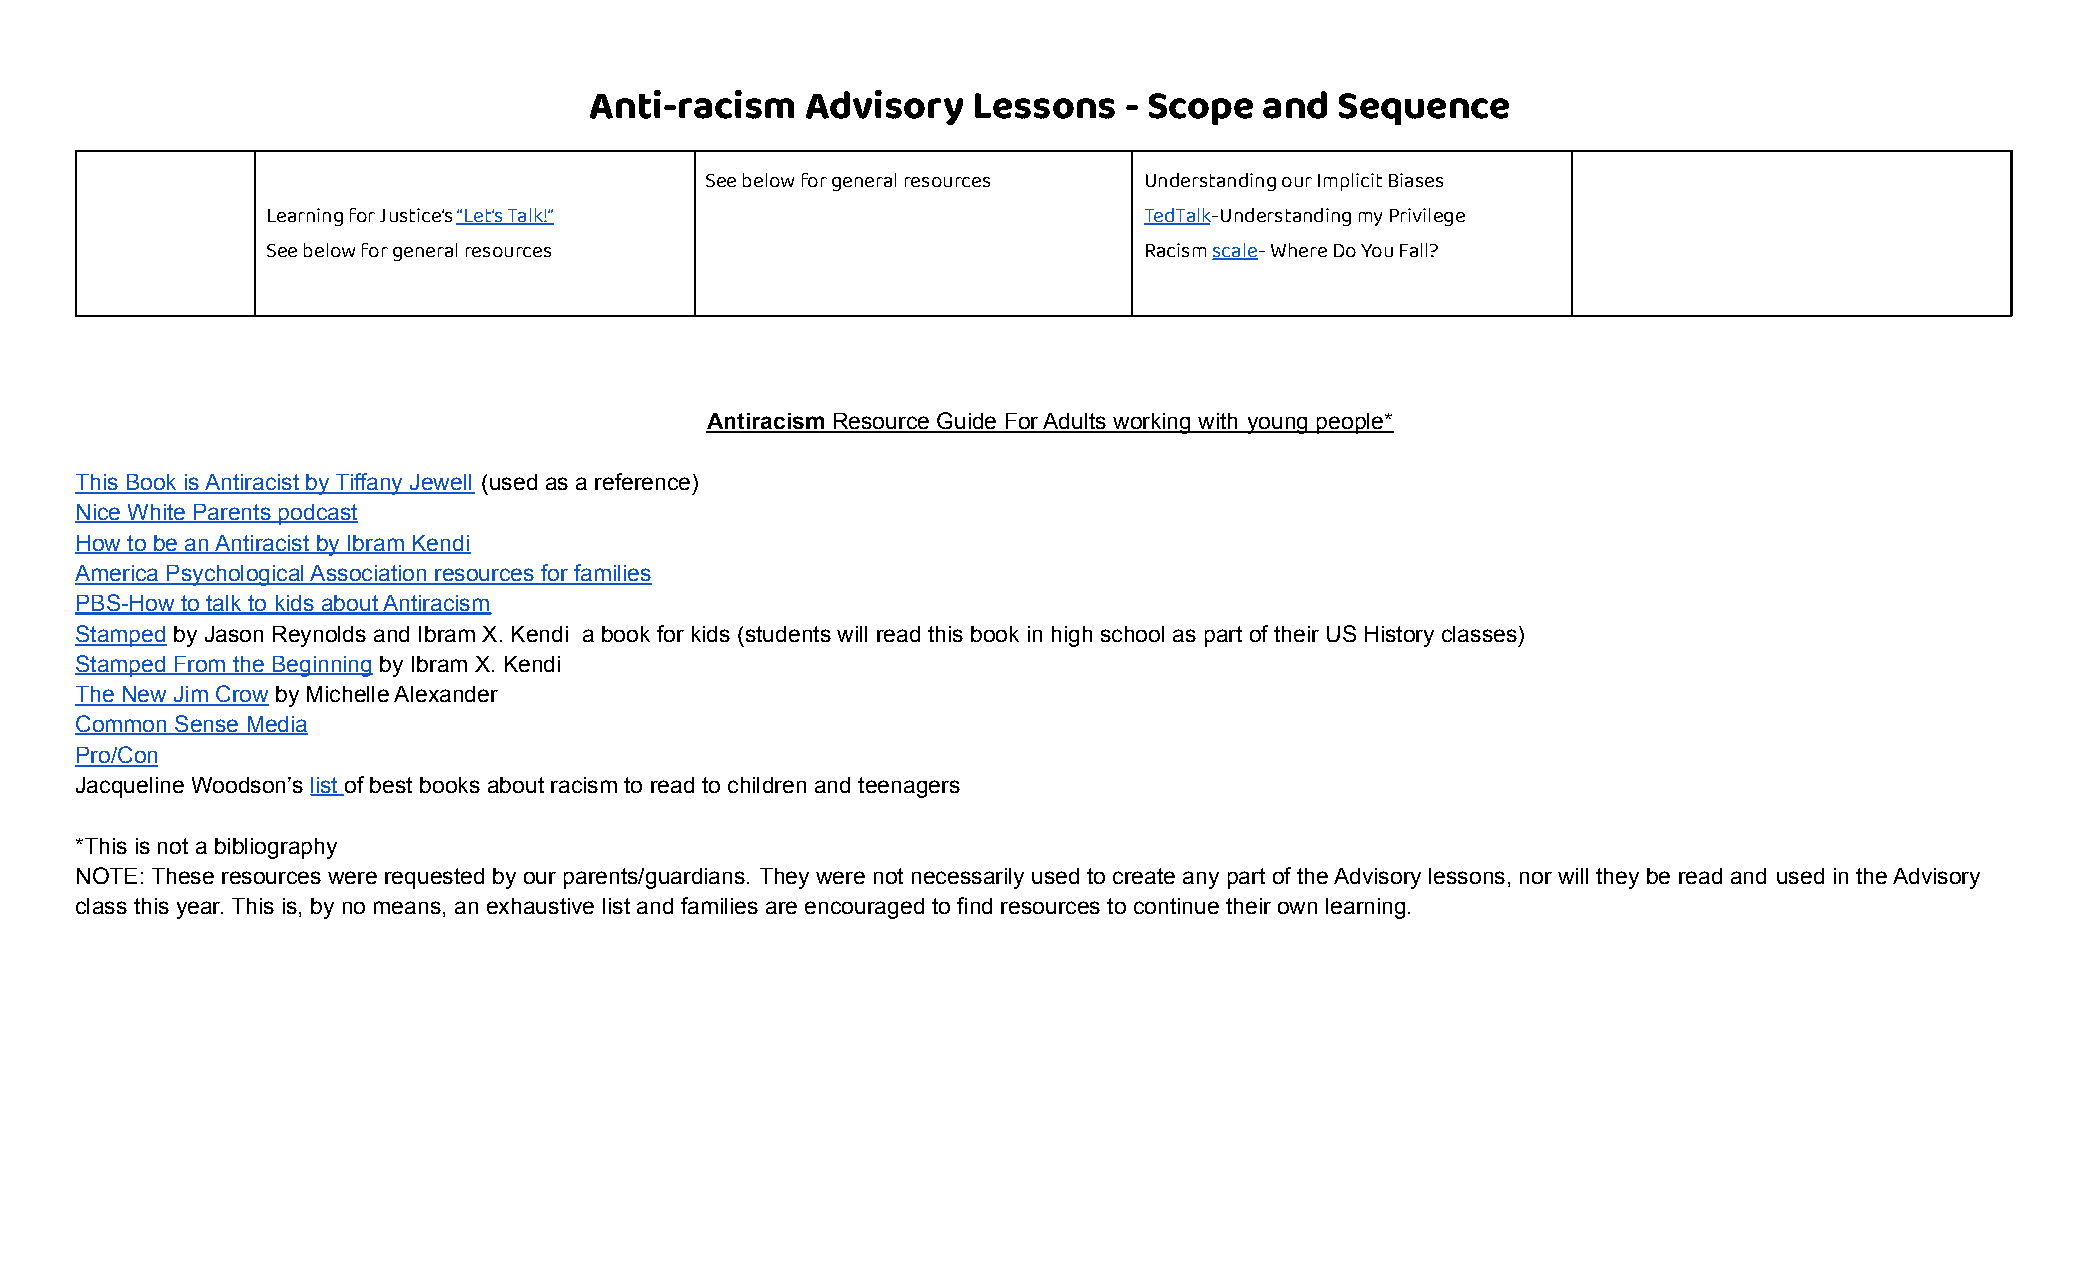
Anti-racism   Advisory   Lessons   - Scope   and  Sequence
 See below for general resources Understanding our Implicit Biases
 Learning for Justice’s“Let’s Talk!”                       TedTalk-Understanding my Privilege
 See below for general resources                           Racismscale- Where Do You Fall?
 Antiracism Resource Guide For Adults working with young people*
 This Book is Antiracist by Tiffany Jewell (used as a reference)
 Nice White Parents podcast
 How to be an Antiracist by Ibram Kendi
 America Psychological Association resources for families
 PBS-How to talk to kids about Antiracism
 Stamped by Jason Reynolds and Ibram X. Kendi a book for kids (students will read this book in high school as part of their US History classes)
 Stamped From the Beginning by Ibram X. Kendi
 The New Jim Crow by Michelle Alexander
 Common Sense Media
 Pro/Con
 Jacqueline Woodson’s list of best books about racism to read to children and teenagers
 *This is not a bibliography
 NOTE: These resources were requested by our parents/guardians. They were not necessarily used to create any part of the Advisory lessons, nor will they be read and used in the Advisory
 class this year. This is, by no means, an exhaustive list and families are encouraged to find resources to continue their own learning.